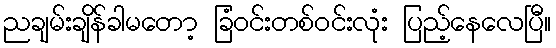
ညချမ်းချိန်ခါမတော့ ခြံဝင်းတစ်ဝင်းလုံး ပြည့်နေလေပြီ။